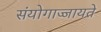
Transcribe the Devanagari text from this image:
संयोगाज्जायते